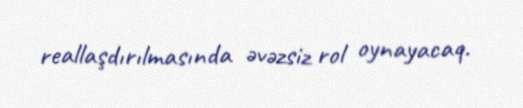
reallaşdırılmasında əvəzsiz rol oynayacaq.